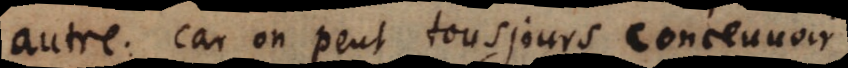
autre: car on peut tousjours conceuvoir